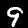
Label: 9